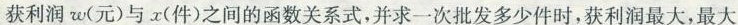
获利润ω(元)与x(件)之间的函数关系式，并求一次批发多少件时，获利润最大，最大